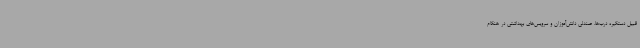
قبیل دستگیره درب‌ها، صندلی دانش‌آموزان و سرویس‌های بهداشتی در هنگام